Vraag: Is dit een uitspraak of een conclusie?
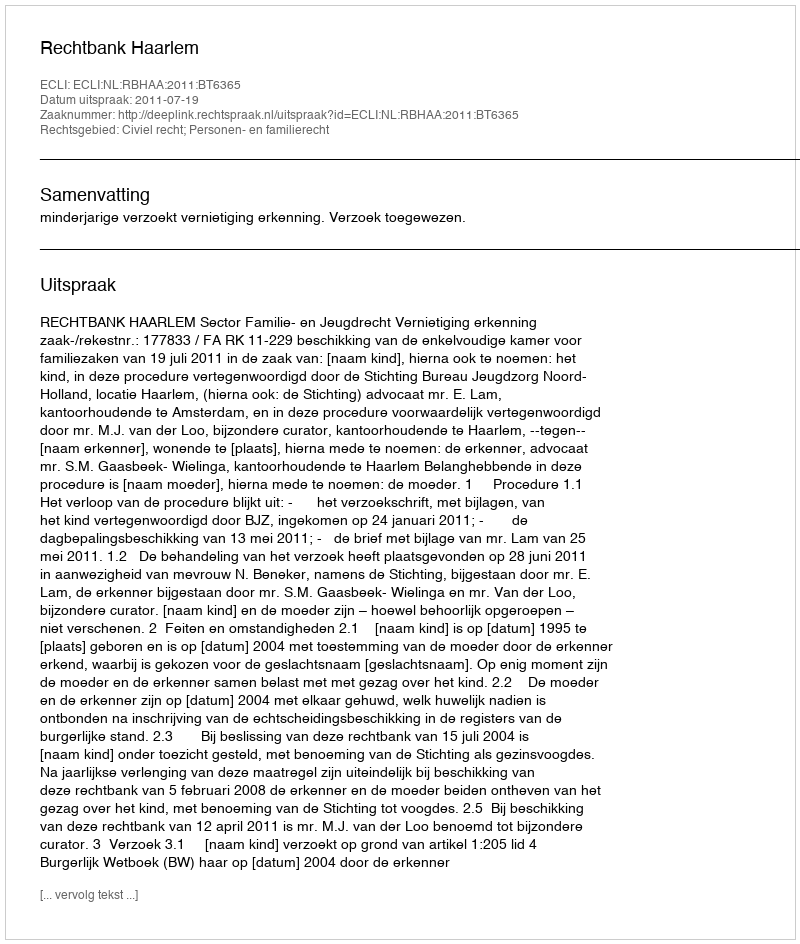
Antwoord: Uitspraak